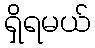
ရှိရမယ်